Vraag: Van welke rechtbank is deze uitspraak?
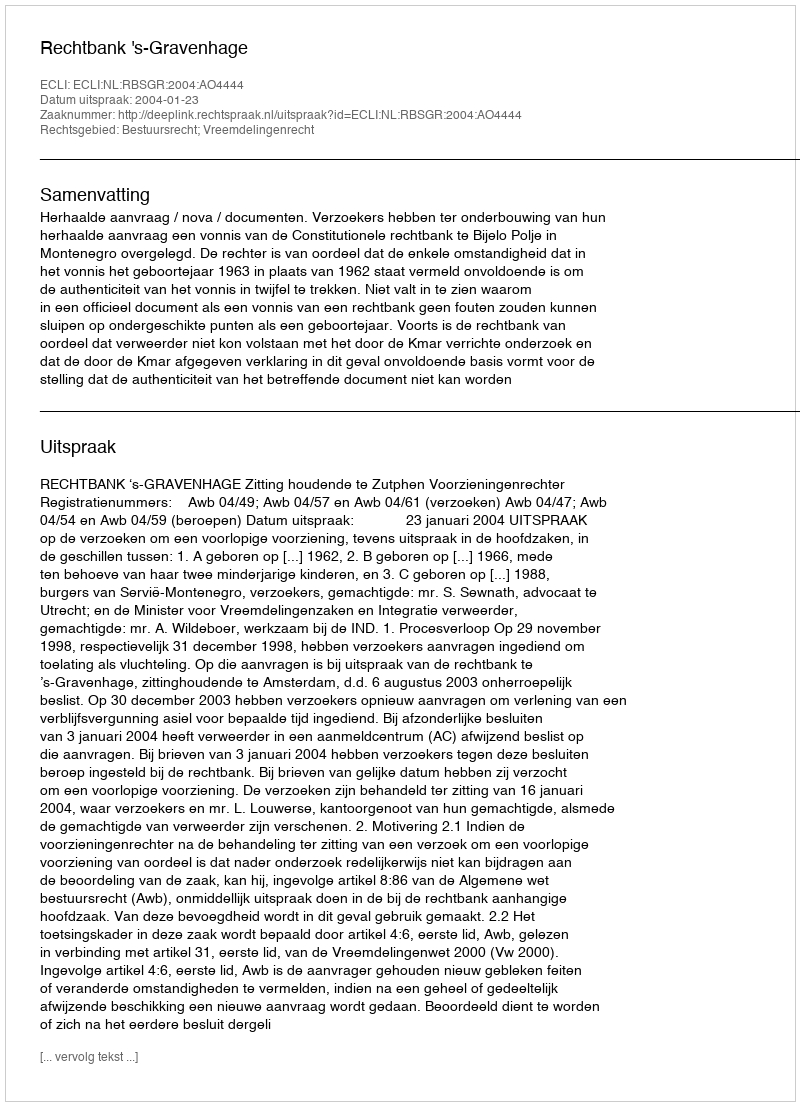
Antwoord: Rechtbank 's-Gravenhage